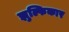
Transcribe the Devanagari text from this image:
झुल्फिकार